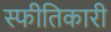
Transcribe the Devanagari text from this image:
स्फीतिकारी